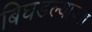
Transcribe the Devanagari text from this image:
बिघडल्याच्या